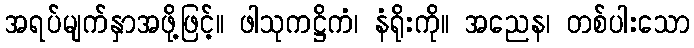
အရပ်မျက်နှာအဖို့ဖြင့်။ ဖါသုကဋ္ဌိကံ၊ နံရိုးကို။ အညေန၊ တစ်ပါးသော